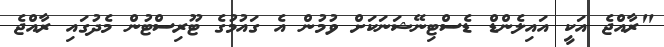
"ރާއްޖެ އަކީ އައިލެންޑް ޑެސްޓިނޭޝަނަކަށް ވުމުން އެ ގައުމުގެ ޓޫރިސްޓުން މެދުގައި ރާއްޖެ